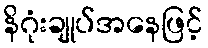
နိဂုံးချုပ်အနေဖြင့်